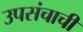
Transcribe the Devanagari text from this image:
उपसंचाची